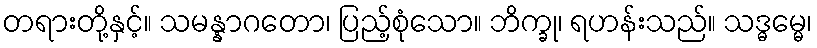
တရားတို့နှင့်။ သမန္နာဂတော၊ ပြည့်စုံသော။ ဘိက္ခု၊ ရဟန်းသည်။ သဒ္ဓမ္မေ၊